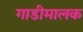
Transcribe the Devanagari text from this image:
गाडीमालक